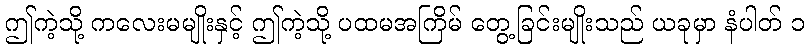
ဤကဲ့သို့ ကလေးမမျိုးနှင့် ဤကဲ့သို့ ပထမအကြိမ် တွေ့ခြင်းမျိုးသည် ယခုမှာ နံပါတ် ၁